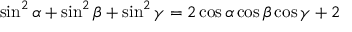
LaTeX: \sin ^ { 2 } \alpha + \sin ^ { 2 } \beta + \sin ^ { 2 } \gamma = 2 \cos \alpha \cos \beta \cos \gamma + 2